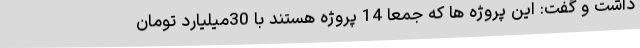
داشت و گفت: این پروژه ها که جمعا 14 پروژه هستند با 30میلیارد تومان